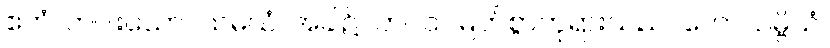
ဧကံ၊ တပါးသော။ သမယံ၊ အခါ၌။ ဘဂဝါ၊ မြတ်စွာဘုရားသည်။ ကောသမ္ဗိယံ၊